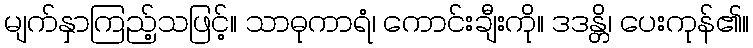
မျက်နှာကြည့်သဖြင့်။ သာဓုကာရံ၊ ကောင်းချီးကို။ ဒဒန္တိ၊ ပေးကုန်၏။